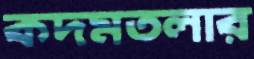
কদমতলার